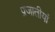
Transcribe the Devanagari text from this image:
प्रजातीयां